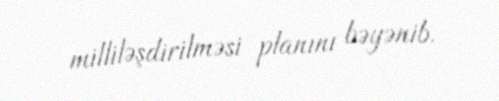
milliləşdirilməsi planını bəyənib.